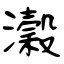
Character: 瀔